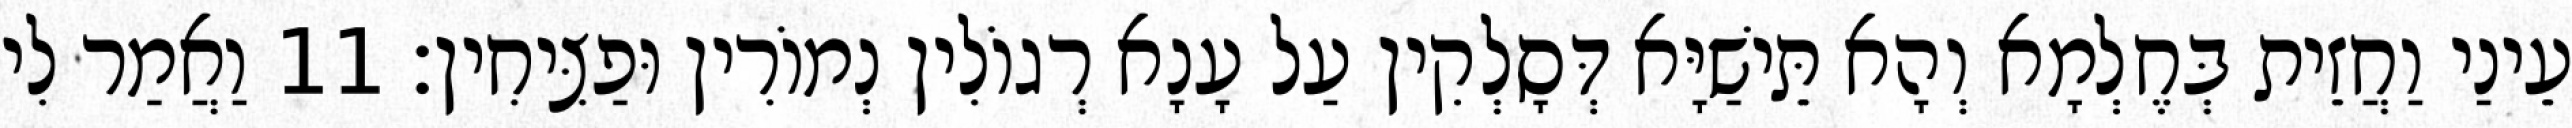
עֵינַי וַחֲזֵית בְּחֶלְמָא וְהָא תֵּישַׁיָּא דְּסָלְקִין עַל עָנָא רְגוֹלִין נְמוֹרִין וּפַצִּיחִין׃ 11 וַאֲמַר לִי